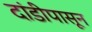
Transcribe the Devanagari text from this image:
दांडीपासून